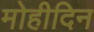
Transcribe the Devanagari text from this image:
मोहीदिन